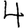
Digit: 4